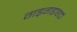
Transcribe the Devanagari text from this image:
गड़गड़ाहटों